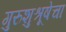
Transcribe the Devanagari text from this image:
गुरुशुश्रूषेचा